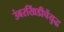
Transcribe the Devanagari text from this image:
उंबरखिंडीचेंयुद्ध